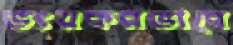
ভংয়করভাবে